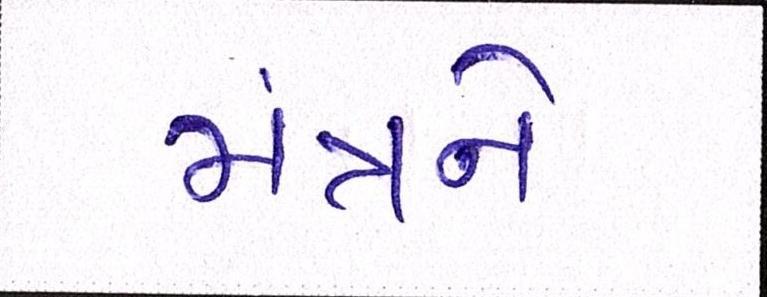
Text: મંત્રને